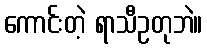
ကောင်းတဲ့ ရာသီဥတုဘဲ။